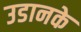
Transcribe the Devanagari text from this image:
उडानके